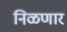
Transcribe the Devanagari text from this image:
निळणार